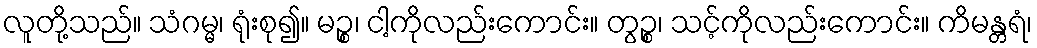
လူတို့သည်။ သံဂမ္မ၊ ရုံးစု၍။ မဉ္စ၊ ငါ့ကိုလည်းကောင်း။ တွဉ္စ၊ သင့်ကိုလည်းကောင်း။ ကိမန္တရံ၊